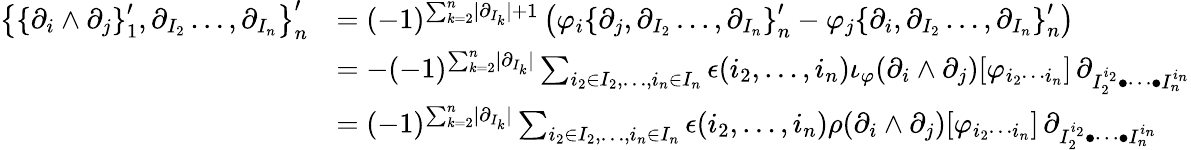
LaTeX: \begin{array}{rl}{\left\lbrace\left\lbrace\partial_{i}\wedge\partial_{j}\right\rbrace_{1}^{\prime},\partial_{I_{2}}\ldots,\partial_{I_{n}}\right\rbrace_{n}^{\prime}}&{=(-1)^{\sum_{k=2}^{n}\lvert\partial_{I_{k}}\rvert+1}\left(\varphi_{i}\left\lbrace\partial_{j},\partial_{I_{2}}\ldots,\partial_{I_{n}}\right\rbrace_{n}^{\prime}-\varphi_{j}\left\lbrace\partial_{i},\partial_{I_{2}}\ldots,\partial_{I_{n}}\right\rbrace_{n}^{\prime}\right)}\\ &{=-(-1)^{\sum_{k=2}^{n}\lvert\partial_{I_{k}}\rvert}\sum_{i_{2}\in I_{2},\ldots,i_{n}\in I_{n}}\epsilon(i_{2},\ldots,i_{n})\iota_{\varphi}(\partial_{i}\wedge\partial_{j})[\varphi_{i_{2}\cdots i_{n}}]\, \partial_{I_{2}^{i_{2}}\bullet\cdots\bullet I_{n}^{i_{n}}}}\\ &{=(-1)^{\sum_{k=2}^{n}\lvert\partial_{I_{k}}\rvert}\sum_{i_{2}\in I_{2},\ldots,i_{n}\in I_{n}}\epsilon(i_{2},\ldots,i_{n})\rho(\partial_{i}\wedge\partial_{j})[\varphi_{i_{2}\cdots i_{n}}]\, \partial_{I_{2}^{i_{2}}\bullet\cdots\bullet I_{n}^{i_{n}}}}\end{array}